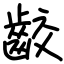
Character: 齩